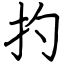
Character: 扚